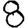
Digit: 8